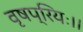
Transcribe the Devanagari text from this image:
वृषप्रियः।।